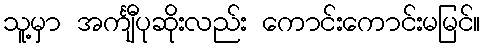
သူ့မှာ အင်္ကျီပုဆိုးလည်း ကောင်းကောင်းမမြင်။